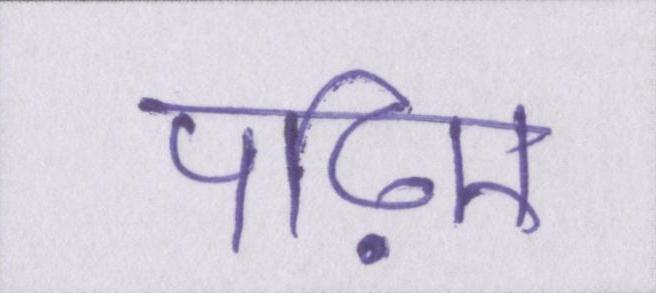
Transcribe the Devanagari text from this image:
पढ़िए